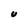
Character: U